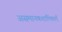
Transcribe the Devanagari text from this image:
असमानकशाभिकाएँ